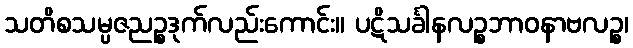
သတိစသမ္ပဇညဉ္စဒုက်လည်းကောင်း။ ပဋိသင်္ခါနလဉ္စဘာဝနာဗလဉ္စ၊